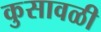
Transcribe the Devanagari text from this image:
कुसावळी